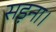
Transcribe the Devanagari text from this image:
सड़ना।